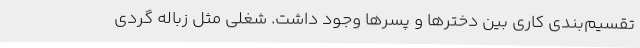
تقسیم‌بندی کاری بین دخترها و پسرها وجود داشت. شغلی مثل زباله گردی